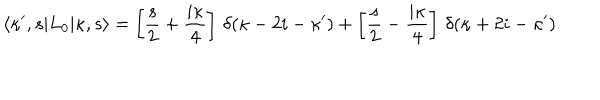
\langle \kappa ^ { \prime } , s | L _ { 0 } | \kappa , s \rangle = \left[ \frac { s } { 2 } + \frac { i \kappa } { 4 } \right] \, \delta ( \kappa - 2 i - \kappa ^ { \prime } ) + \left[ \frac { s } { 2 } - \frac { i \kappa } { 4 } \right] \, \delta ( \kappa + 2 i - \kappa ^ { \prime } ) .